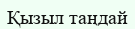
Қызыл таңдай